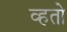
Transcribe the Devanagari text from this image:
व्हतो